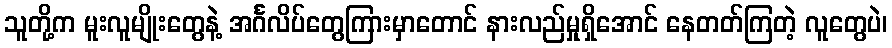
သူတို့က မူးလူမျိုးတွေနဲ့ အင်္ဂလိပ်တွေကြားမှာတောင် နားလည်မှုရှိအောင် နေတတ်ကြတဲ့ လူတွေပဲ၊